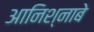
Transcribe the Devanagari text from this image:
आनिश्नाबे